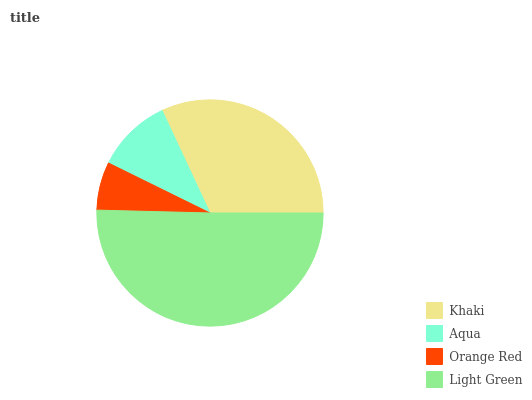
| Khaki | Aqua | Orange Red | Light Green |
 | --- | --- | --- | --- |
 | 32% | 10.8% | 6.87% | 50.4% |